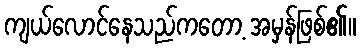
ကျယ်လောင်နေသည်ကတော့ အမှန်ဖြစ်၏။